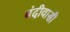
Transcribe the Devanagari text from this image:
बंदीवासी